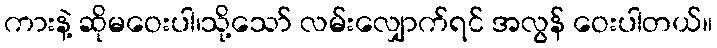
ကားနဲ့ ဆိုမဝေးပါ၊သို့သော် လမ်းလျှောက်ရင် အလွန် ဝေးပါတယ်။